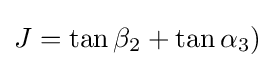
J=\tan \beta _{2}+\tan \alpha _{3})